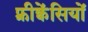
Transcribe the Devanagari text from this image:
फ़्रीक्वेंसियों